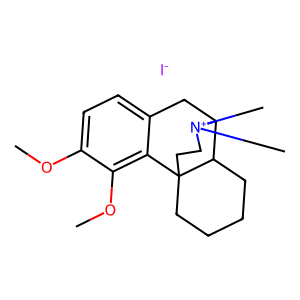
SMILES: COc1ccc2c(c1OC)C13CCCCC1C(C2)[N+](C)(C)CC3.[I-]
Inhibits HIV replication: No